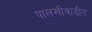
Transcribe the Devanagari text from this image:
पालखीवाडीत